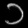
Digit: ၁